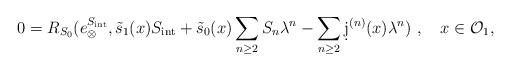
LaTeX: \begin{align*}0= R_{S_0}(e_{\otimes}^{S_{\mathrm{int}}},\tilde s_1(x)S_{\mathrm{int}} + \tilde s_0(x)\sum_{n\ge 2}S_n\lambda^n -\sum_{n\ge 2}\d j^{(n)}(x)\lambda^n)\ ,\quad x\in\mathcal{O}_1,\end{align*}